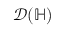
\mathcal { D } ( \mathbb { H } )